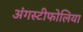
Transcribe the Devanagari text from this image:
अंगस्टीफोलिया